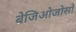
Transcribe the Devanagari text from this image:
बेजिओजोसो